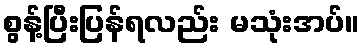
စွန့်ပြီးပြန်ရလည်း မသုံးအပ်။